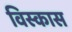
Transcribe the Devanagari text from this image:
विस्कास